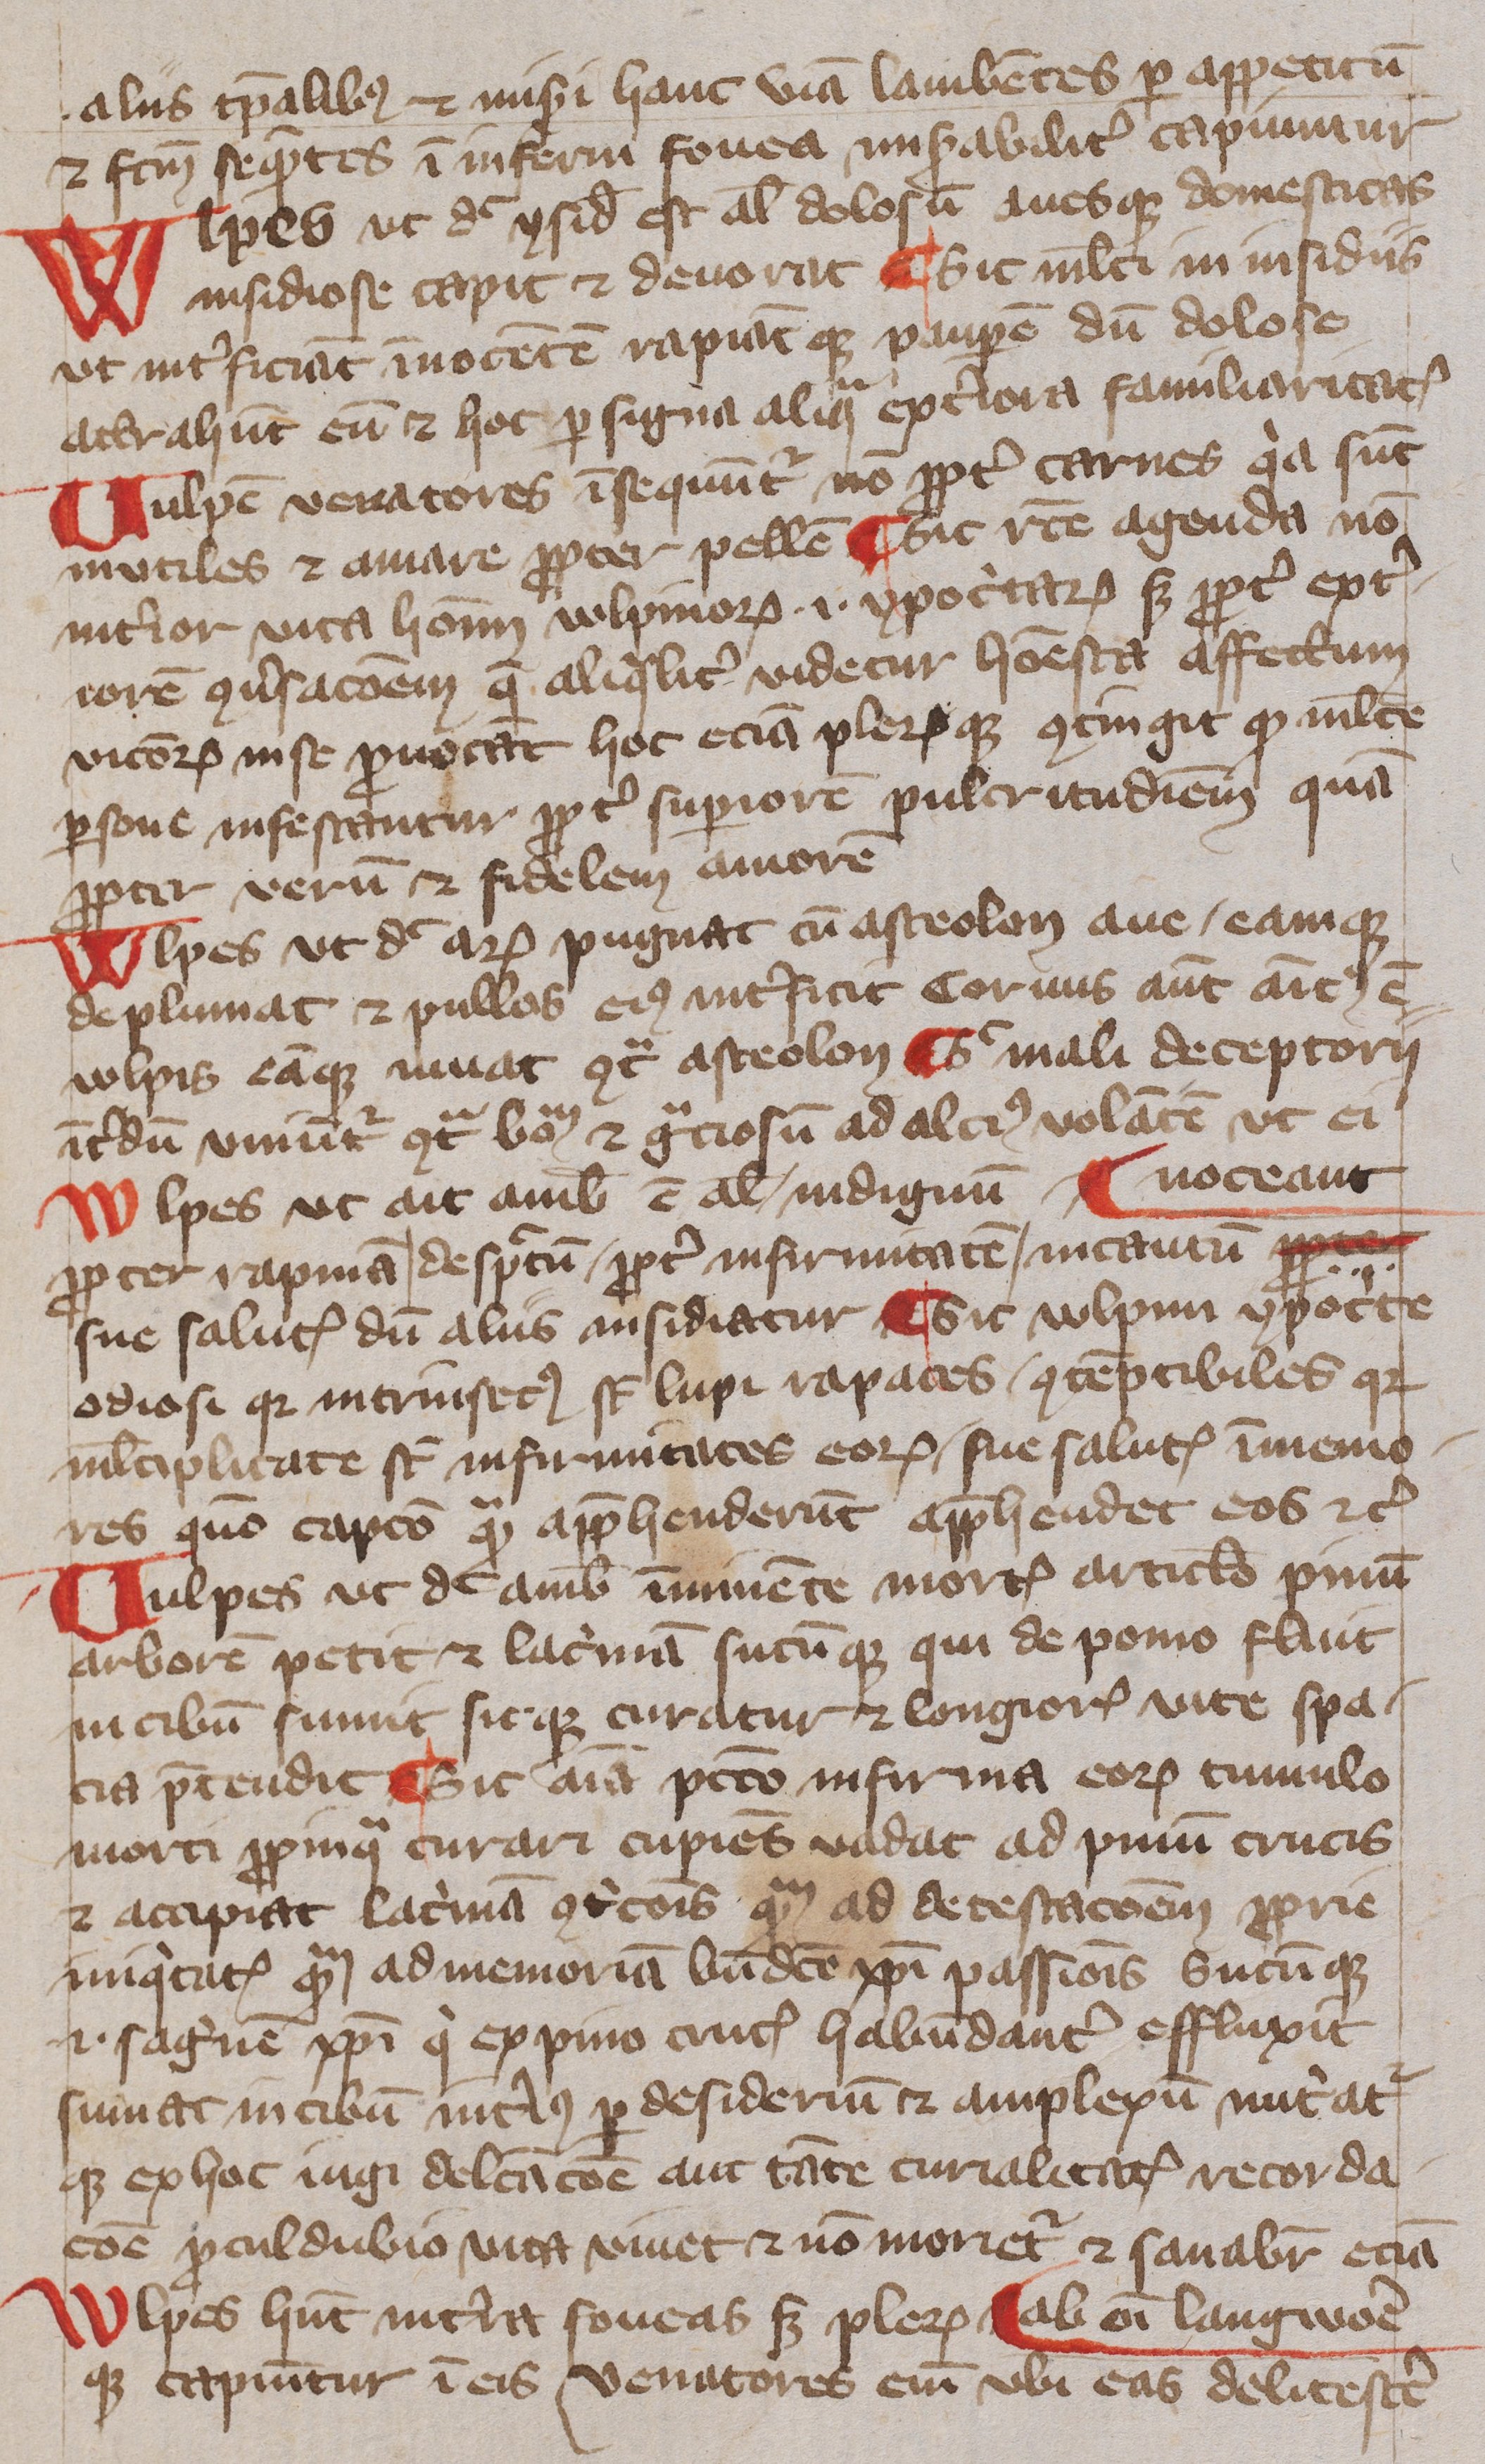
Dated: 1400–1499